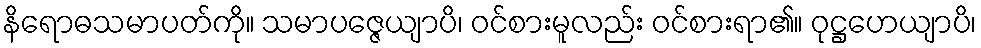
နိရောဓသမာပတ်ကို။ သမာပဇ္ဇေယျာပိ၊ ဝင်စားမူလည်း ဝင်စားရာ၏။ ဝုဋ္ဌဟေယျာပိ၊